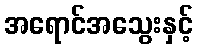
အရောင်အသွေးနှင့်